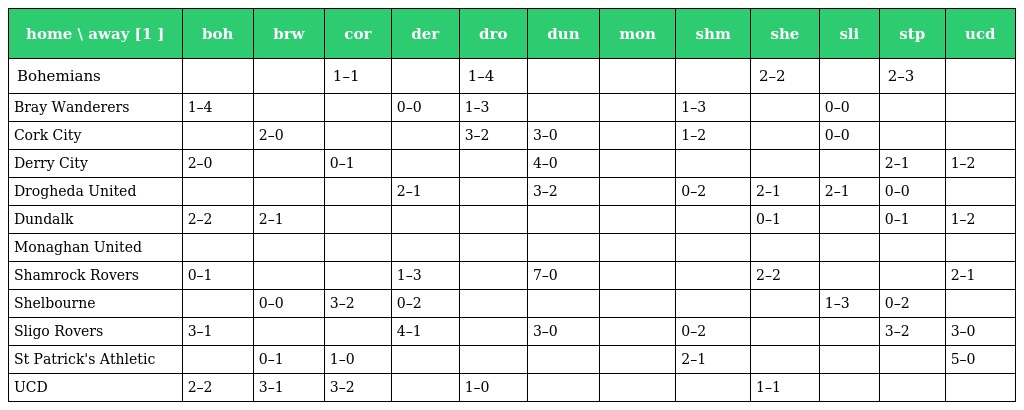
| home \ away [1 ] | boh | brw | cor | der | dro | dun | mon | shm | she | sli | stp | ucd |
 | --- | --- | --- | --- | --- | --- | --- | --- | --- | --- | --- | --- | --- |
 | Bohemians |  |  | 1–1 |  | 1–4 |  |  |  | 2–2 |  | 2–3 |  |
 | Bray Wanderers | 1–4 |  |  | 0–0 | 1–3 |  |  | 1–3 |  | 0–0 |  |  |
 | Cork City |  | 2–0 |  |  | 3–2 | 3–0 |  | 1–2 |  | 0–0 |  |  |
 | Derry City | 2–0 |  | 0–1 |  |  | 4–0 |  |  |  |  | 2–1 | 1–2 |
 | Drogheda United |  |  |  | 2–1 |  | 3–2 |  | 0–2 | 2–1 | 2–1 | 0–0 |  |
 | Dundalk | 2–2 | 2–1 |  |  |  |  |  |  | 0–1 |  | 0–1 | 1–2 |
 | Monaghan United |  |  |  |  |  |  |  |  |  |  |  |  |
 | Shamrock Rovers | 0–1 |  |  | 1–3 |  | 7–0 |  |  | 2–2 |  |  | 2–1 |
 | Shelbourne |  | 0–0 | 3–2 | 0–2 |  |  |  |  |  | 1–3 | 0–2 |  |
 | Sligo Rovers | 3–1 |  |  | 4–1 |  | 3–0 |  | 0–2 |  |  | 3–2 | 3–0 |
 | St Patrick's Athletic |  | 0–1 | 1–0 |  |  |  |  | 2–1 |  |  |  | 5–0 |
 | UCD | 2–2 | 3–1 | 3–2 |  | 1–0 |  |  |  | 1–1 |  |  |  |